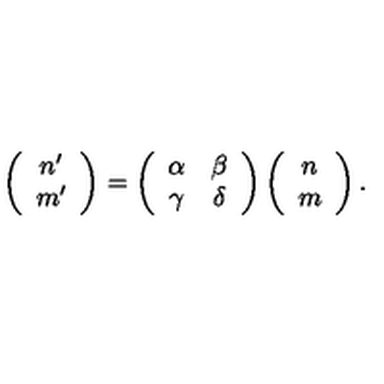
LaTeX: \left( \begin{array} { c } { n ^ { \prime } } \\ { m ^ { \prime } } \\ \end{array} \right) = \left( \begin{array} { c c } { \alpha } & { \beta } \\ { \gamma } & { \delta } \\ \end{array} \right) \left( \begin{array} { c } { n } \\ { m } \\ \end{array} \right) .